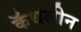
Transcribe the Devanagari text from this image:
कॅथलीन